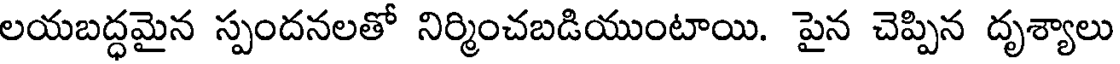
లయబద్ధమైన స్పందనలతో నిర్మించబడియుంటాయి. పైన చెప్పిన దృశ్యాలు